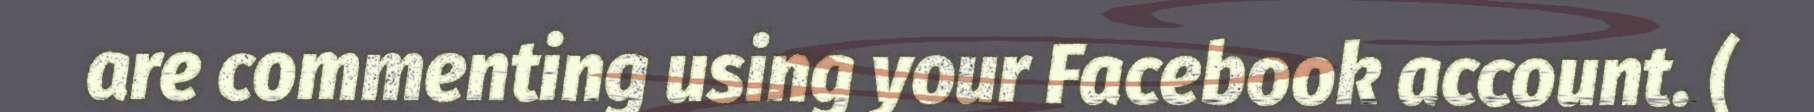
are commenting using your Facebook account. (